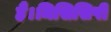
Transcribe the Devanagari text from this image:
हैं।मिसिसिपी